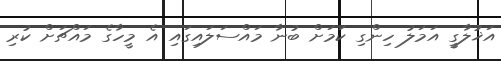
އަޚުލާގީ އަމަލު ހިންގި ކަމަށް ބުނާ މައްސަލައިގައި އެ މީހާގެ މައްޗަށް ކުރި